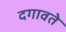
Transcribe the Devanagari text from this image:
दगावते